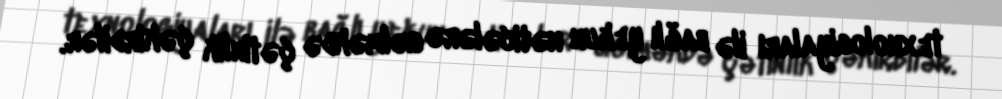
texnologiyaları ilə bağlı yekun nəticələrə gəlməkdə çətinlik çəkirdilər.